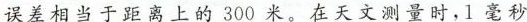
误差相当于距离上的300米。在天文测量时，1毫秒